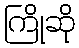
ကြိုဆို